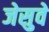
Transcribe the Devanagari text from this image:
जेसुवे